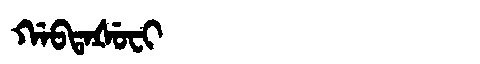
Manchu: ᡤᠠᠪᡨᠠᡧᡠᠸᡳ
Romanization: GABTAŠUFI